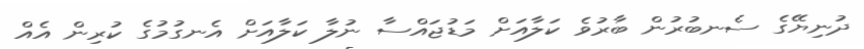
ދުނިޔޭގެ ސެނބުރުން ބާރުވެ ކަލާއަށް މަޑުޖައްސާ ނުލާ ކަލާއަށް އެނގުމުގެ ކުރިން އެއް